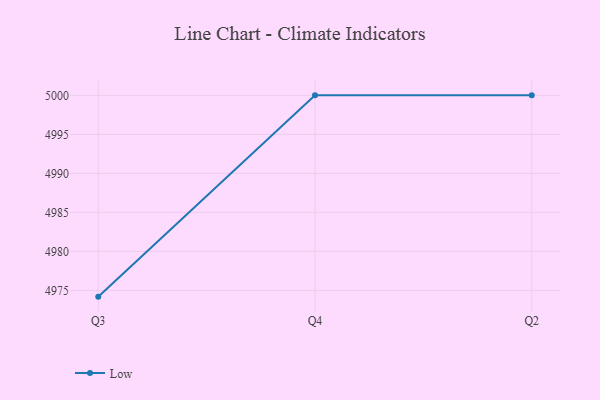
{"axis": {"x": "Quarter", "y": "Gross Profit (USD K)"}, "legend": ["Low"], "data": [{"x": "Q3", "y": 4974.2, "type": "Low"}, {"x": "Q4", "y": 5000, "type": "Low"}, {"x": "Q2", "y": 5000, "type": "Low"}]}